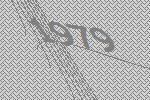
1979